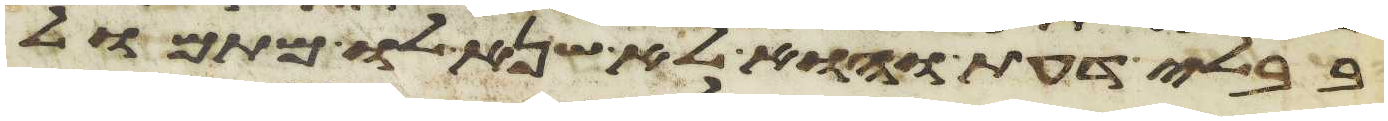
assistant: בבלי דעת והוא לא שנא לו מתמול